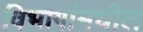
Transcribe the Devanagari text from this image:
विभागांमधील